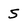
Character: S